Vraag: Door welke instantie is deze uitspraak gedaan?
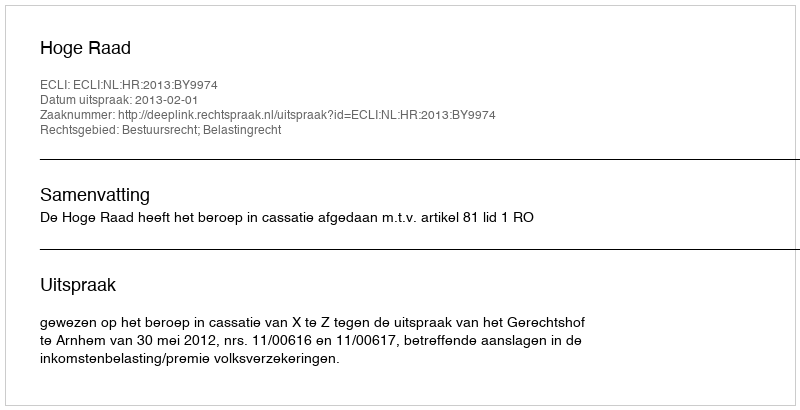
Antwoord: Hoge Raad